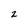
Character: 2